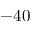
- 4 0